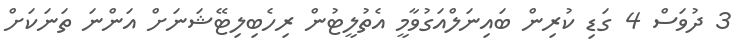
3 ދުވަސް 4 ގަޑި ކުރިން ބައިނަލްއަގުވާމީ އެތުލީޓުން ރިހެބިލިޓޭޝަނަށް އަންނަ ތަނަކަށް